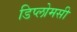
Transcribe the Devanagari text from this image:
डिप्लोमसी